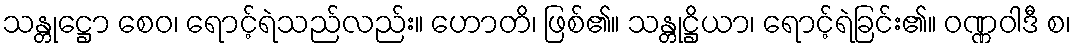
သန္တုဋ္ဌော စေဝ၊ ရောင့်ရဲသည်လည်း။ ဟောတိ၊ ဖြစ်၏။ သန္တုဋ္ဌိယာ၊ ရောင့်ရဲခြင်း၏။ ဝဏ္ဏဝါဒီ စ၊